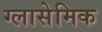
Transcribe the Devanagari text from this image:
ग्लासेमिक